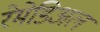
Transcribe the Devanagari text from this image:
रेमेडिअल